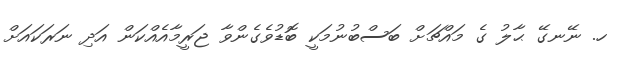
ހ. ނޭނގޭ ޙާލު ގެ މައްޗަށް ބަސްބުނުމަކީ ބޮޑުވެގެންވާ ޖަރީމާއެއްކަން އަދި ނަރަކައަށް